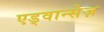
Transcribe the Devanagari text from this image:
एड्वान्सेज़